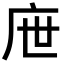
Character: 𢇸